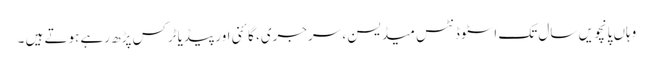
وہاں پانچویں سال تک اسٹوڈنٹس میڈیسن ، سرجری، گائنی اور پیڈیاٹرکس پڑھ رہے ہوتے ہیں ۔